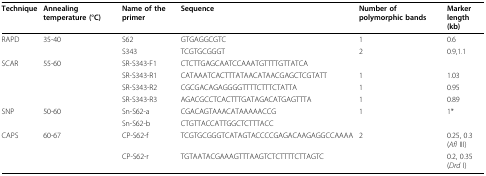
<table><thead><tr><td><b>Technique</b></td><td><b>Annealing temperature (°C)</b></td><td><b>Name of the primer</b></td><td><b>Sequence</b></td><td><b>Number of polymorphic bands</b></td><td><b>Markerlength (kb)</b></td></tr></thead><tbody><tr><td>RAPD</td><td>35-40</td><td>S62</td><td>GTGAGGCGTC</td><td>1</td><td>0.6</td></tr><tr><td></td><td></td><td>S343</td><td>TCGTGCGGGT</td><td>2</td><td>0.9,1.1</td></tr><tr><td>SCAR</td><td>55-60</td><td>SR-S343-F1</td><td>CTCTTGAGCAATCCAAATGTTTTGTTATCA</td><td></td><td></td></tr><tr><td></td><td></td><td>SR-S343-R1</td><td>CATAAATCACTTTATAACATAACGAGCTCGTATT</td><td>1</td><td>1.03</td></tr><tr><td></td><td></td><td>SR-S343-R2</td><td>CGCGACAGAGGGGTTTTCTTTCTATTA</td><td>1</td><td>0.95</td></tr><tr><td></td><td></td><td>SR-S343-R3</td><td>AGACGCCTCACTTTGATAGACATGAGTTTA</td><td>1</td><td>0.89</td></tr><tr><td>SNP</td><td>50-60</td><td>Sn-S62-a</td><td>CGACAGTAAACATAAAAACCG</td><td>1</td><td>1*</td></tr><tr><td></td><td></td><td>Sn-S62-b</td><td>CTGTTACCATTGGCTCTTTACC</td><td></td><td></td></tr><tr><td>CAPS</td><td>60-67</td><td>CP-S62-f</td><td>TCGTGCGGGTCATAGTACCCCGAGACAAGAGGCCAAAA</td><td>2</td><td>0.25, 0.3 (<i>Afl </i>III)</td></tr><tr><td></td><td></td><td>CP-S62-r</td><td>TGTAATACGAAAGTTTAAGTCTCTTTTCTTAGTC</td><td></td><td>0.2, 0.35 (<i>Drd </i>I)</td></tr></tbody></table>